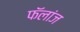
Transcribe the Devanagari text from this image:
फॅलांज